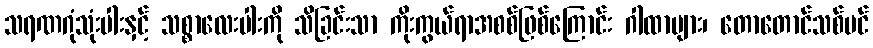
သရဏဂုံသုံးပါးနှင့် သစ္စာလေးပါးကို သိခြင်းသာ ကိုးကွယ်ရာအစစ်ဖြစ်ကြောင်း ဂါထာများ၊ တောတောင်သစ်ပင်